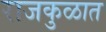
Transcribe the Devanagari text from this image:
राजकुळात